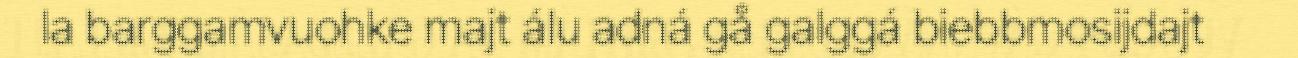
la barggamvuohke majt álu adná gå galggá biebbmosijdajt